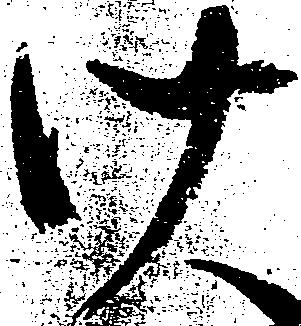
け